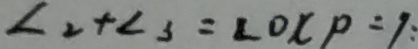
\angle 2 + \angle 3 = \angle O C P = 9 :